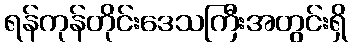
ရန်ကုန်တိုင်းဒေသကြီးအတွင်းရှိ